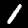
Label: 1